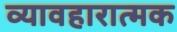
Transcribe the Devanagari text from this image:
व्यावहारात्मक